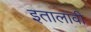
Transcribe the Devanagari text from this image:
इतालावी